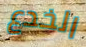
الخدع